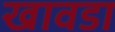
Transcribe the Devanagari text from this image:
खावडा